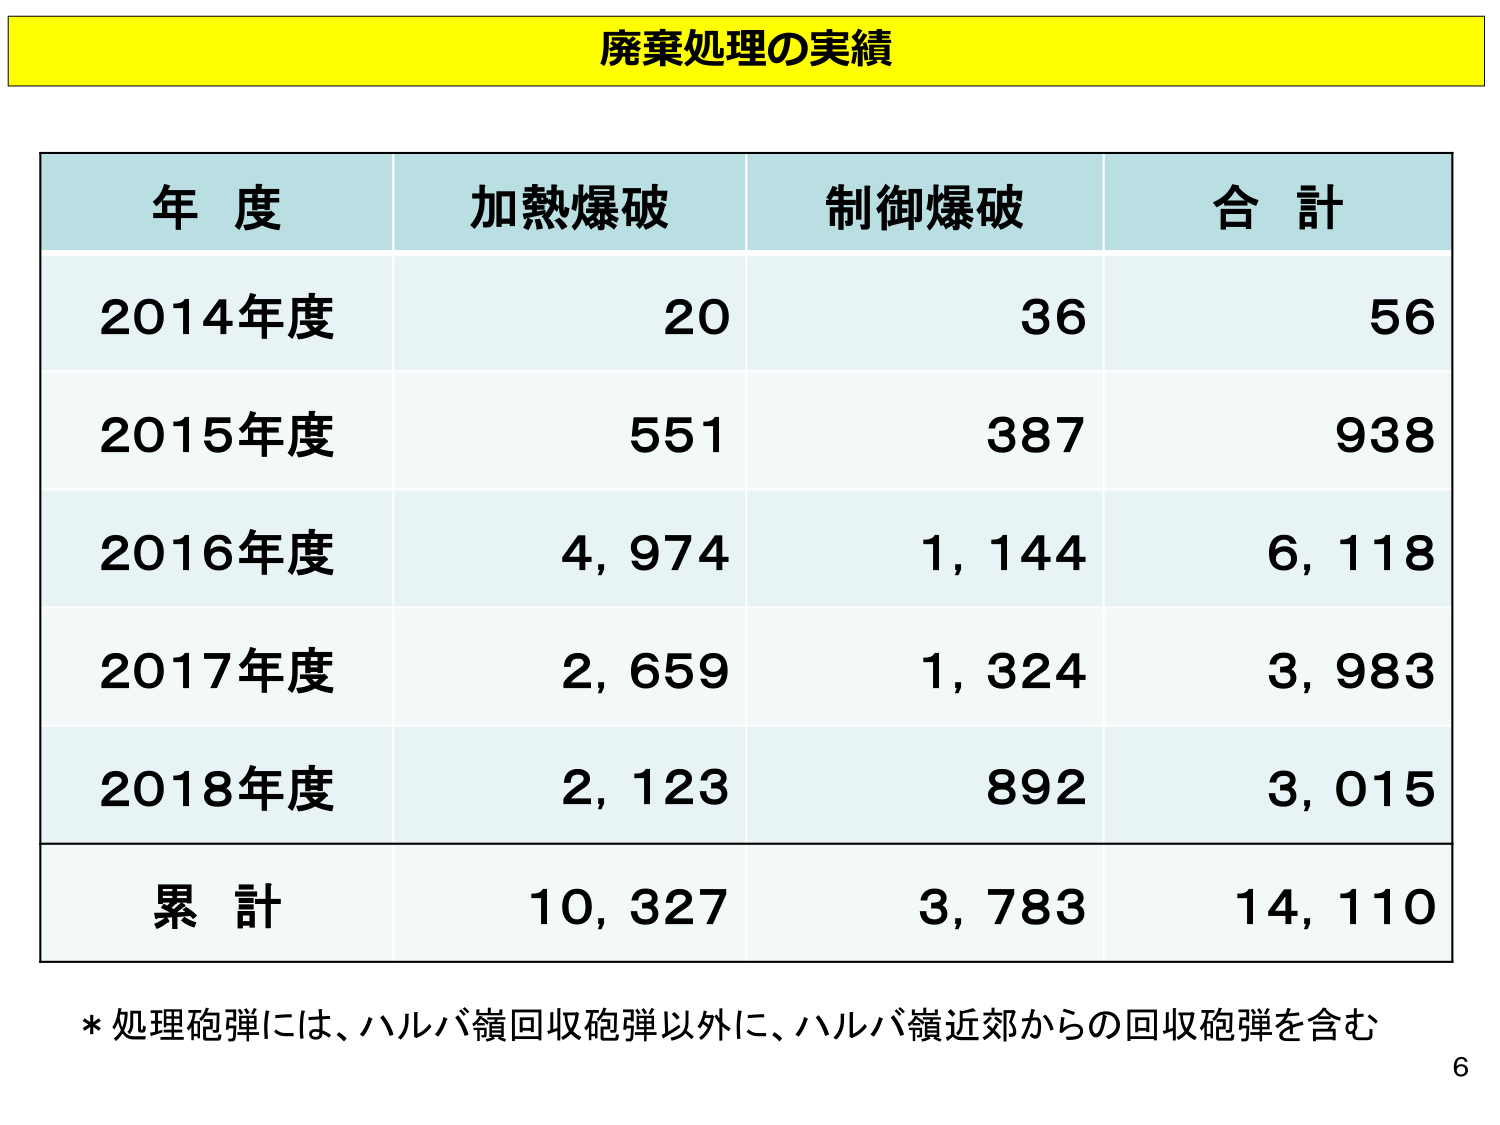
廃棄処理の実績

年度　加熱爆破　制御爆破　合計
2014年度　20　36　56
2015年度　551　387　938
2016年度　4,974　1,144　6,118
2017年度　2,659　1,324　3,983
2018年度　2,123　892　3,015
累計　10,327　3,783　14,110

*処理砲弾には、ハルバ嶺回収砲弾以外に、ハルバ嶺近郊からの回収砲弾を含む

6